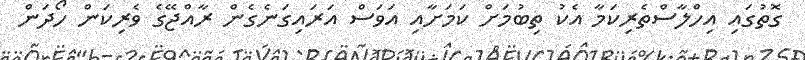
ގޮތުގައި އިހްލާސްތެރިކަމާ އެކު ތިބުމަށް ކަމަށާއި އަވަސް އަރައިގަނެގެން ރާއްޖޭގެ ވެރިކަން ހޯދަން